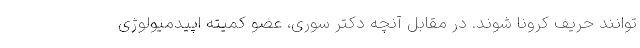
توانند حریف کرونا شوند. در مقابل آنچه دکتر سوری، عضو کمیته اپیدمیولوژی